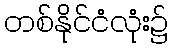
တစ်နိုင်ငံလုံး၌